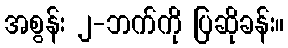
အစွန်း ၂-ဘက်ကို ပြဆိုခန်း။